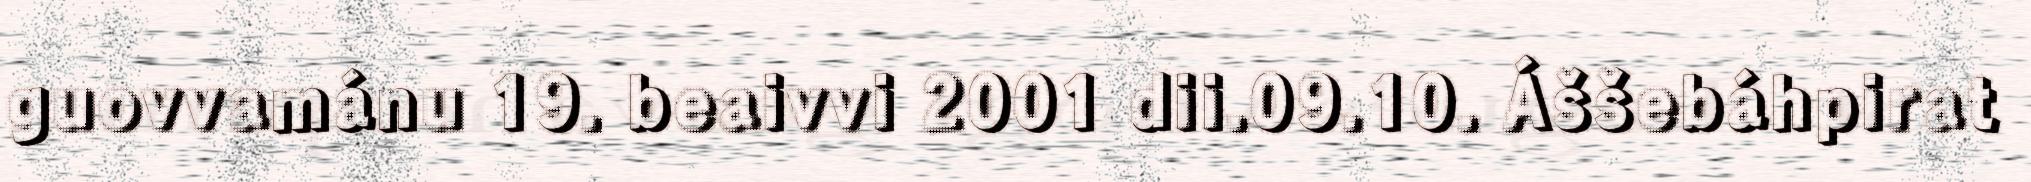
guovvamánu 19. beaivvi 2001 dii.09.10. Áššebáhpirat